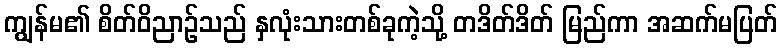
ကျွန်မ၏ စိတ်ဝိညာဉ်သည် နှလုံးသားတစ်ခုကဲ့သို့ တဒိတ်ဒိတ် မြည်ကာ အဆက်မပြတ်